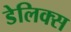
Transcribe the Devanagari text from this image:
डेलिक्स